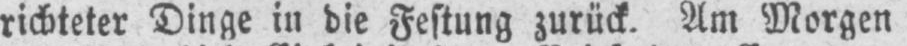
richteter Dinge in die Festung zurück. Am Morgen